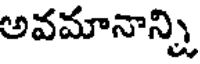
అవమానాన్ని